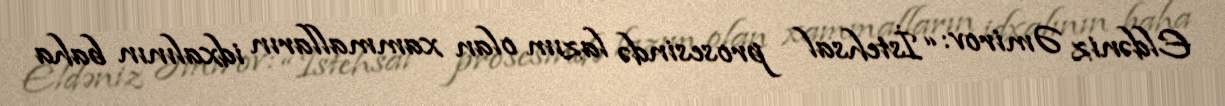
Eldəniz Əmirov: “İstehsal prosesində lazım olan xammalların idxalının baha